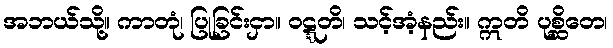
အဘယ်သို့။ ကာတုံ၊ ပြုခြင်းငှာ။ ဝဋ္ဋတိ၊ သင့်အံ့နည်း။ ဣတိ ပုစ္ဆိတေ၊